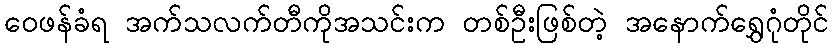
ဝေဖန်ခံရ အက်သလက်တီကိုအသင်းက တစ်ဦးဖြစ်တဲ့ အနောက်ရွှေဂုံတိုင်